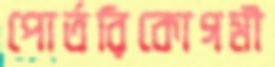
পোর্তরিকোগমী